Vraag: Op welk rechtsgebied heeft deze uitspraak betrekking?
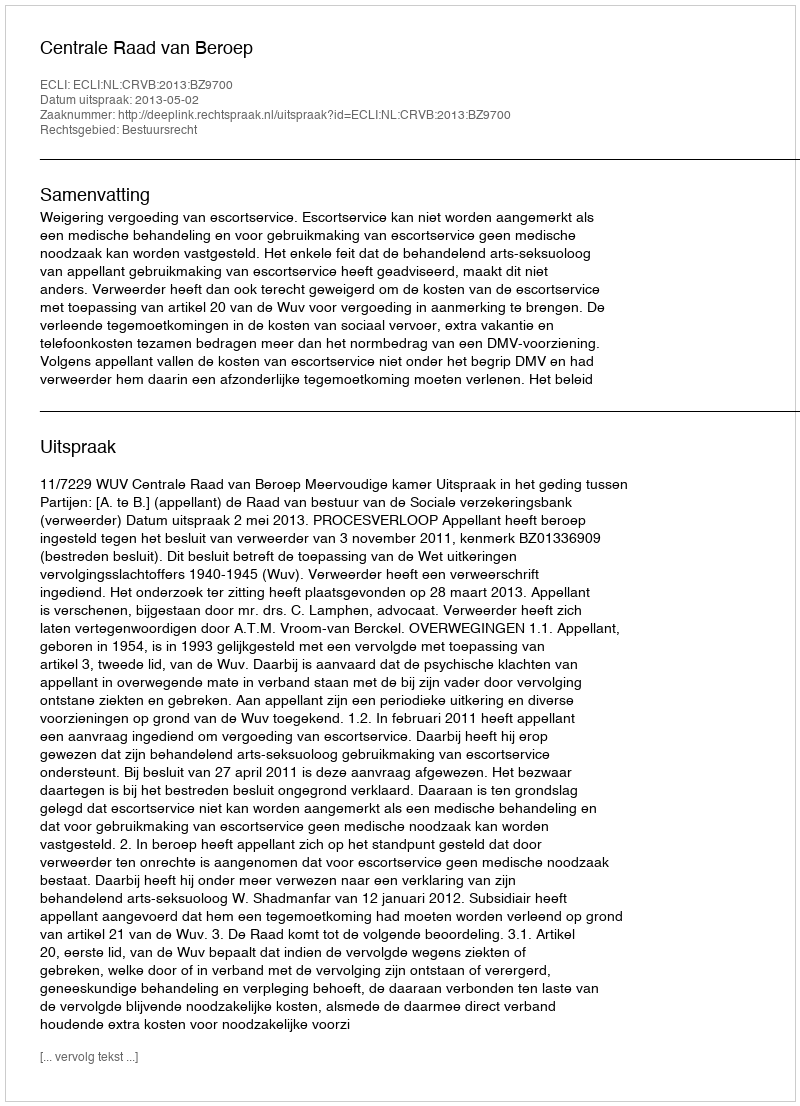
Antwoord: Bestuursrecht